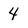
Character: 4